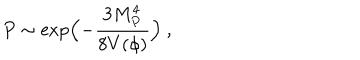
P \sim \exp \Bigl ( - { \frac { 3 M _ { P } ^ { 4 } } { 8 V ( \phi ) } } \Bigr ) \ ,